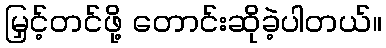
မြှင့်တင်ဖို့ တောင်းဆိုခဲ့ပါတယ်။